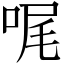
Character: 𠳿